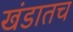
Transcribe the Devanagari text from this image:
खंडातच